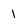
Character: 1